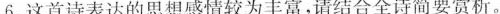
6.这首诗表达的思想感情较为丰富，请结合全诗简要赏析。